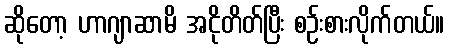
ဆိုတော့ ဟာဂျာဆာမိ အငိုတိတ်ပြီး စဉ်းစားလိုက်တယ်။